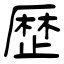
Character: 歴